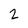
Character: 2